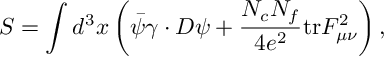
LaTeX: S = \int d ^ { 3 } x \left( \bar { \psi } \gamma \cdot D \psi + { \frac { N _ { c } N _ { f } } { 4 e ^ { 2 } } } \mathrm { t r } F _ { \mu \nu } ^ { 2 } \right) ,